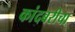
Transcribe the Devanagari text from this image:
कांदबरीचा